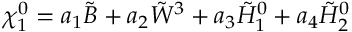
\chi _ { 1 } ^ { 0 } = a _ { 1 } \tilde { B } + a _ { 2 } \tilde { W } ^ { 3 } + a _ { 3 } \tilde { H } _ { 1 } ^ { 0 } + a _ { 4 } \tilde { H } _ { 2 } ^ { 0 }